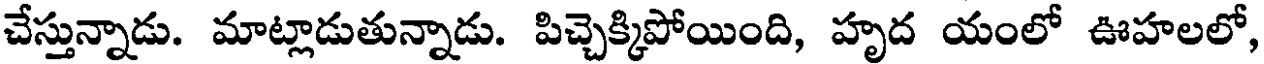
చేస్తున్నాడు. మాట్లాడుతున్నాడు. పిచ్చెక్కిపోయింది, హృద యంలో ఊహలలో,